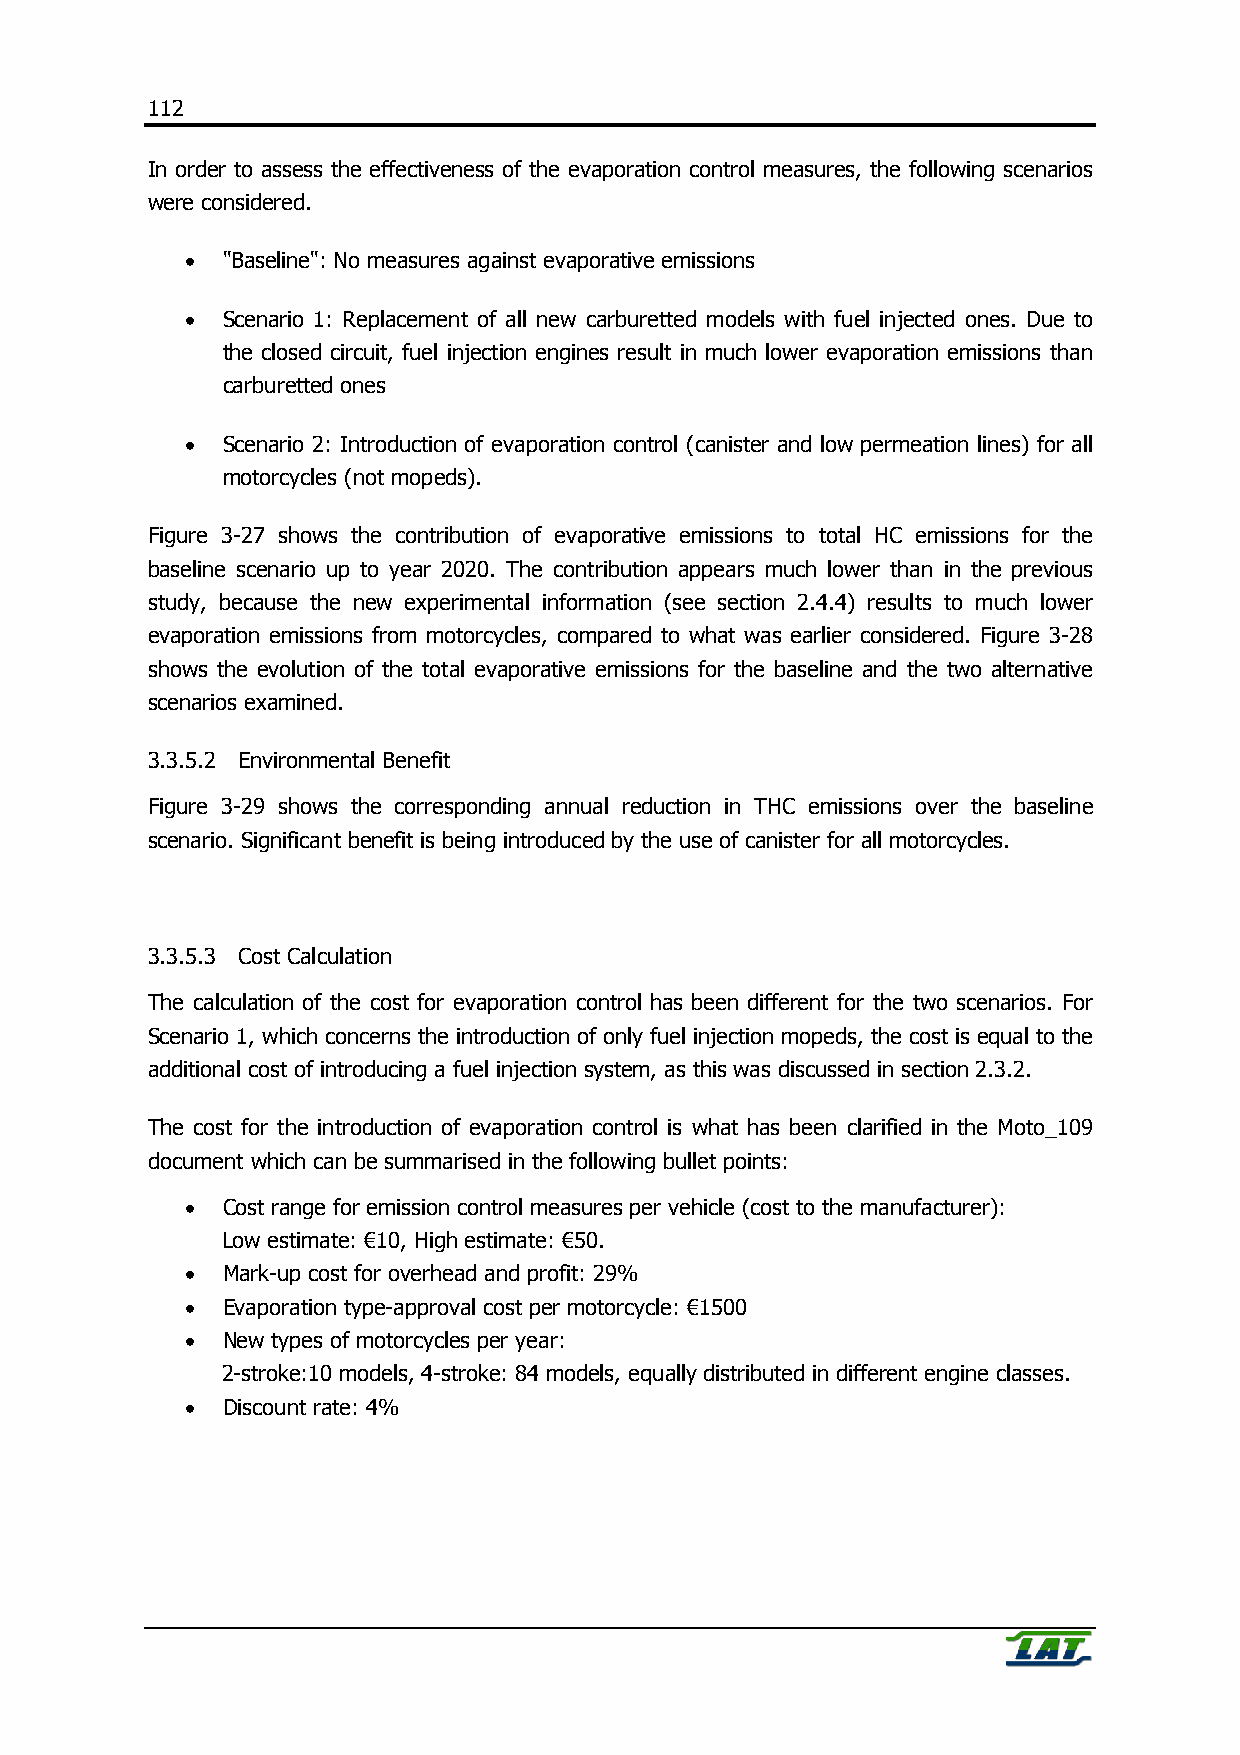
112
 In order to assess the effectiveness of the evaporation control measures, the following scenarios
 were considered.
 •  "Baseline": No measures against evaporative emissions
 •  Scenario 1: Replacement of all new carburetted models with fuel injected ones. Due to
 the closed circuit, fuel injection engines result in much lower evaporation emissions than
 carburetted ones
 •  Scenario 2: Introduction of evaporation control (canister and low permeation lines) for all
 motorcycles (not mopeds).
 Figure 3-27 shows the contribution of evaporative emissions to total HC emissions for the
 baseline scenario up to year 2020. The contribution appears much lower than in the previous
 study, because the new experimental information (see section 2.4.4) results to much lower
 evaporation emissions from motorcycles, compared to what was earlier considered. Figure 3-28
 shows the evolution of the total evaporative emissions for the baseline and the two alternative
 scenarios examined.
 3.3.5.2 Environmental Benefit
 Figure 3-29 shows the corresponding annual reduction in THC emissions over the baseline
 scenario. Significant benefit is being introduced by the use of canister for all motorcycles.
 3.3.5.3 Cost Calculation
 The calculation of the cost for evaporation control has been different for the two scenarios. For
 Scenario 1, which concerns the introduction of only fuel injection mopeds, the cost is equal to the
 additional cost of introducing a fuel injection system, as this was discussed in section 2.3.2.
 The cost for the introduction of evaporation control is what has been clarified in the Moto_109
 document which can be summarised in the following bullet points:
 •  Cost range for emission control measures per vehicle (cost to the manufacturer):
 Low estimate: €10, High estimate: €50.
 •  Mark-up cost for overhead and profit: 29%
 •  Evaporation type-approval cost per motorcycle: €1500
 •  New types of motorcycles per year:
 2-stroke:10 models, 4-stroke: 84 models, equally distributed in different engine classes.
 •  Discount rate: 4%